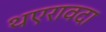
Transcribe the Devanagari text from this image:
थएरावदा